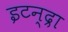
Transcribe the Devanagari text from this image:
इटन्द्रा